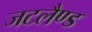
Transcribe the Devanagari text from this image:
जटलैण्ड